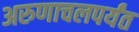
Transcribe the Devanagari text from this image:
अरुणाचलपर्यंत